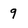
Character: 9